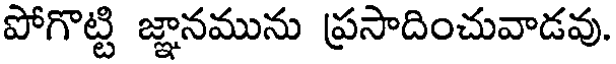
పోగొట్టి జ్ఞానమును ప్రసాదించువాడవు.